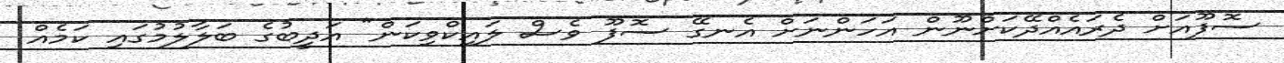
ސޮފޫއަށް ދެރައެއްދޭކަށްނޫން އަހަންނަށް އެނގޭ ސޮފޫ ވެސް ލައިކްވިކަން" އަދީބުގެ ބަލާލުމުގައި ކަމެއް